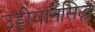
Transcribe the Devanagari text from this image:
उड्डीयानसिद्ध